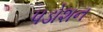
પડોશન